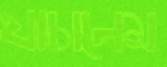
যাচালেম